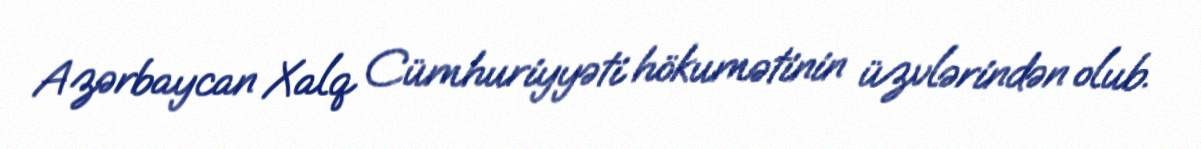
Azərbaycan Xalq Cümhuriyyəti hökumətinin üzvlərindən olub.